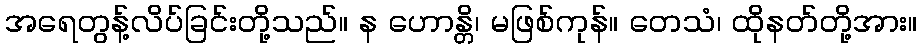
အရေတွန့်လိပ်ခြင်းတို့သည်။ န ဟောန္တိ၊ မဖြစ်ကုန်။ တေသံ၊ ထိုနတ်တို့အား။